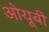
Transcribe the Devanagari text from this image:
ओयूबी